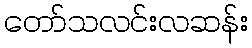
တော်သလင်းလဆန်း